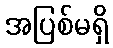
အပြစ်မရှိ